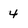
Character: 4